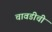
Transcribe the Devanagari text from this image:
चावडीची